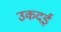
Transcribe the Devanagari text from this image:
उकदई